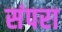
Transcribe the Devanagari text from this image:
संपरा